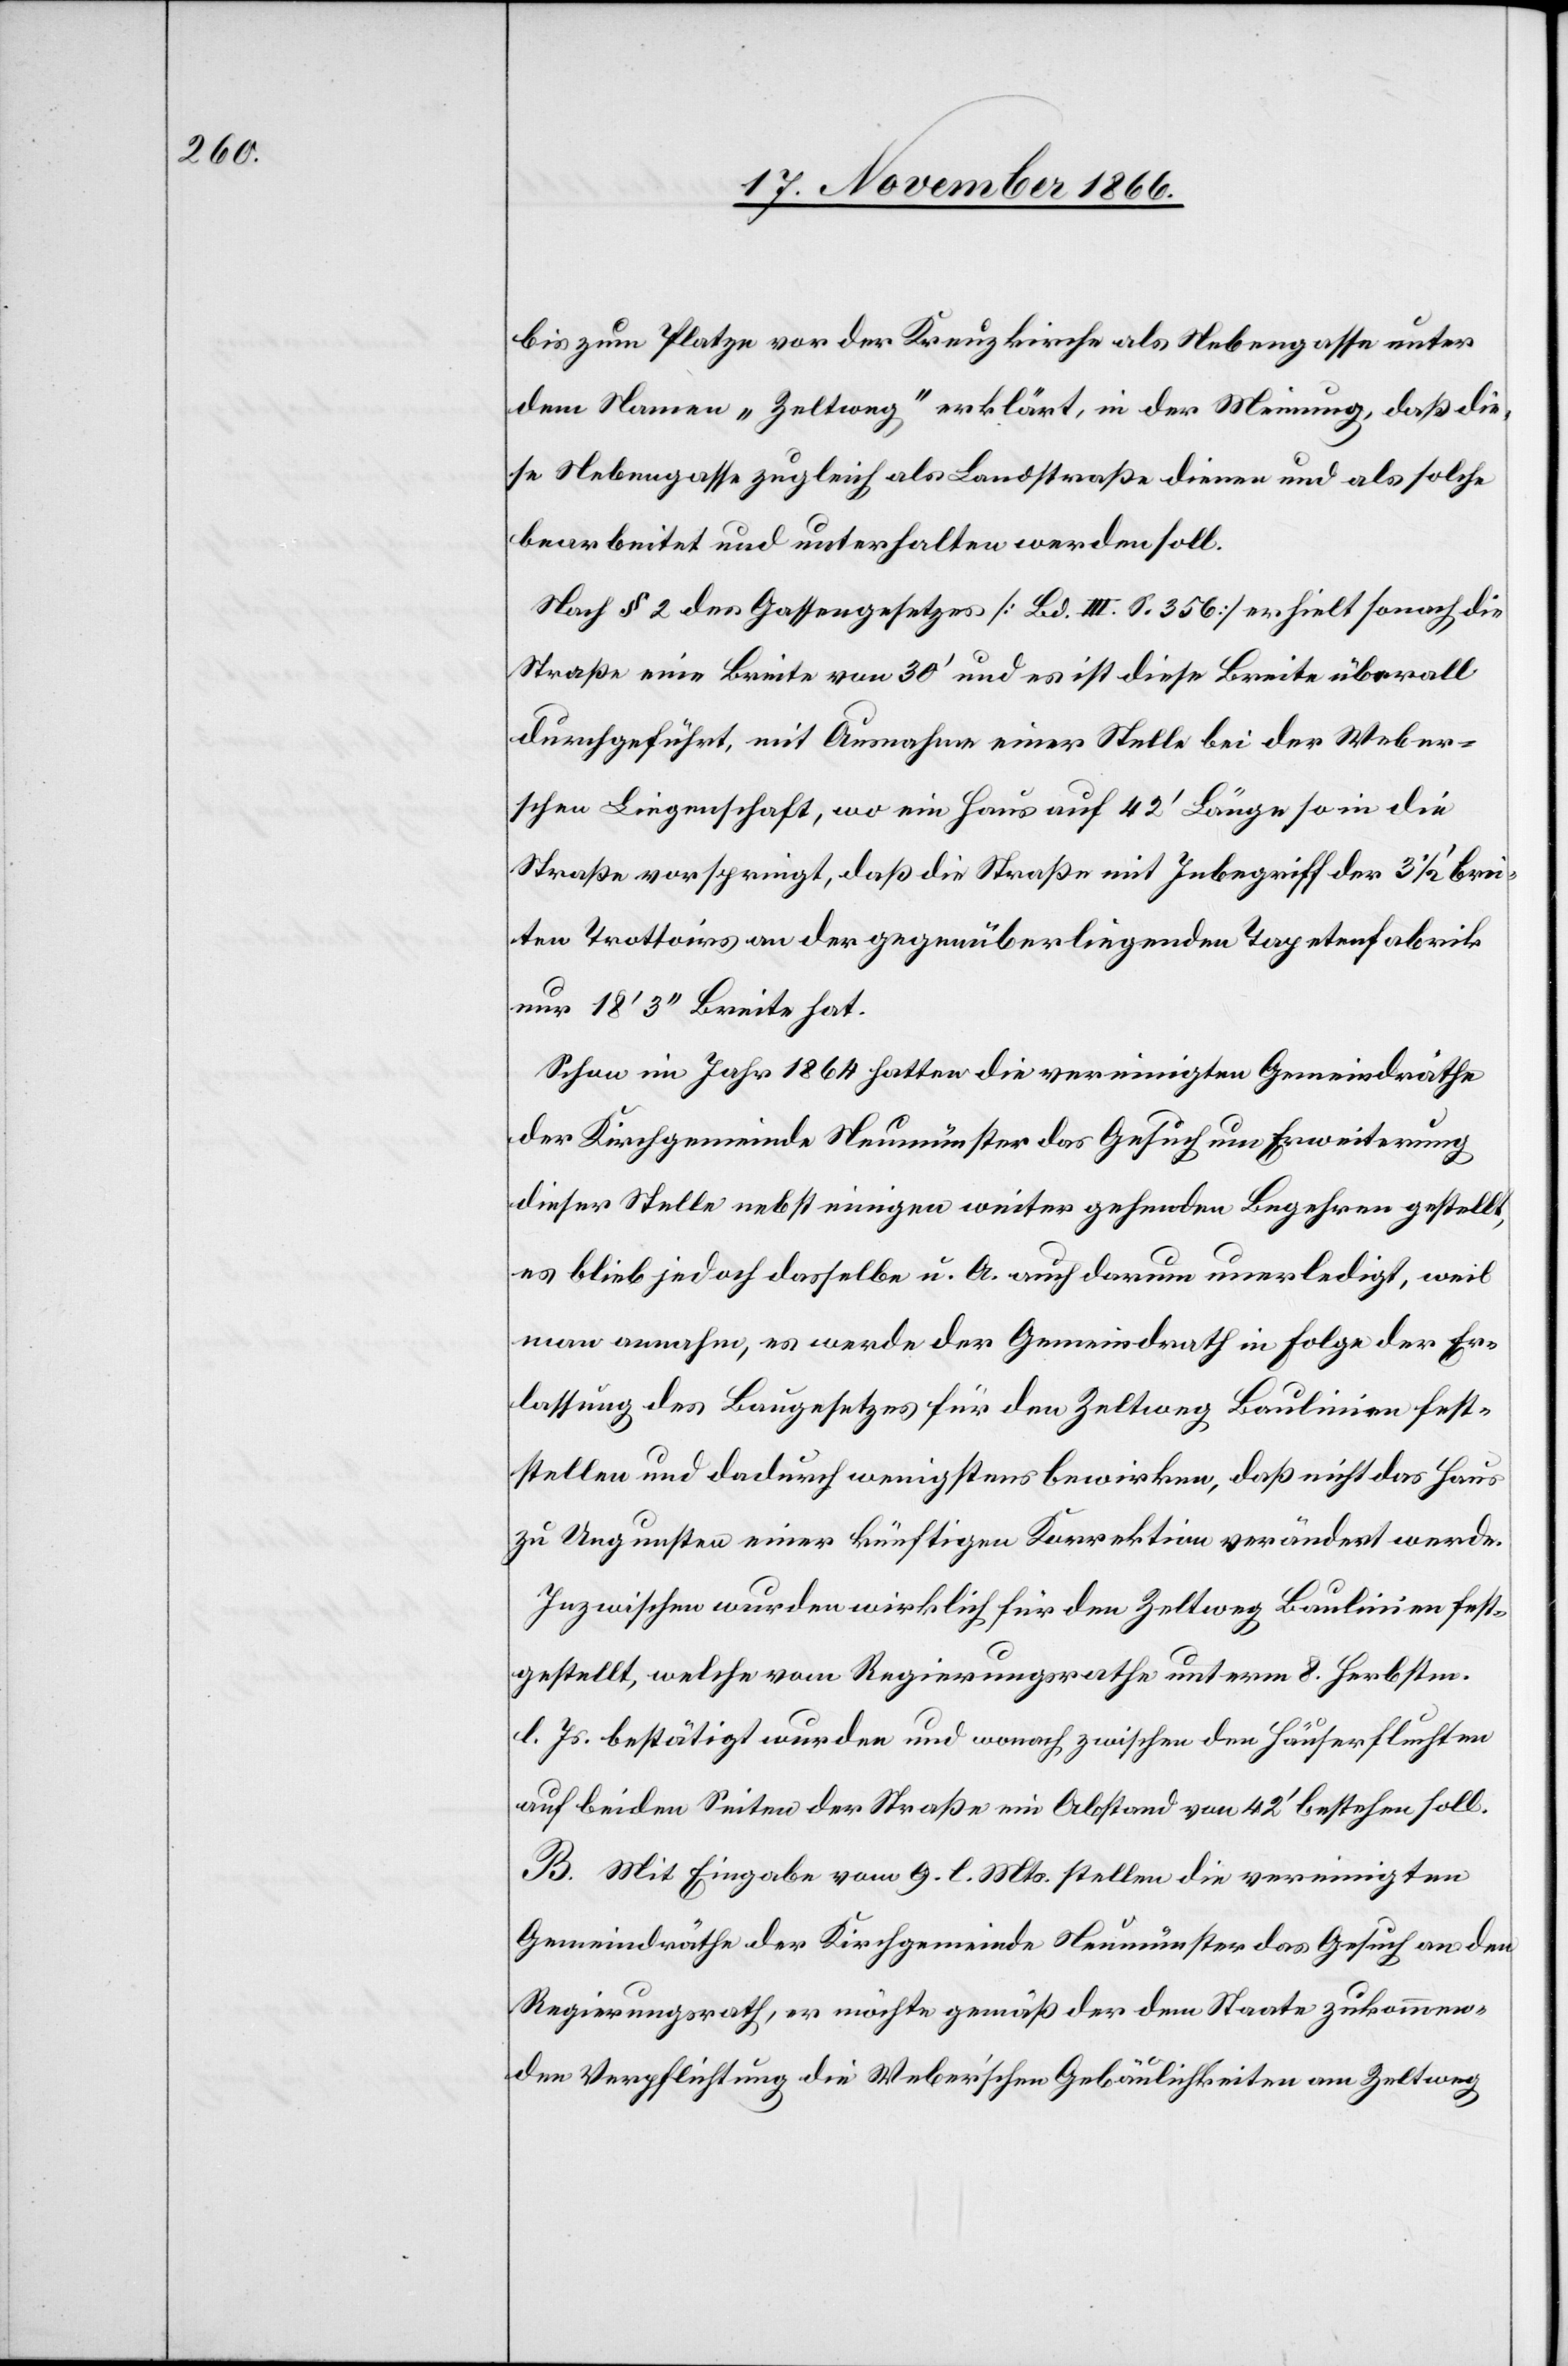
bis zum Platze vor der Kreuzkirche als Nebengasse unter
dem Namen „Zeltweg“ erklärt, in der Meinung, daß die¬
se Nebengasse zugleich als Landstraße dienen und als solche
bearbeitet und unterhalten werden soll.
Nach § 2 des Gassengesetzes [Bd. III. S. 356] erhielt sonach die
Straße eine Breite von 30‘ und es ist diese Breite überall
durchgeführt, mit Ausnahme einer Stelle bei der Weber¬
schen Liegenschaft, wo ein Haus auf 42‘ Länge so in die
Straße vorspringt, daß die Straße mit Inbegriff der 3 ½‘ brei¬
ten Trottoirs an der gegenüberliegenden Tapetenfabrik
nur 18‘ 3‘‘ Breite hat.
Schon im Jahr 1864 hatten die vereinigten Gemeindräthe
der Kirchgemeinde Neumünster das Gesuch um Erweiterung
dieser Stelle nebst einigen weiter gehenden Begehren gestellt,
es blieb jedoch dasselbe u. A. auch darum unerledigt, weil
man annahm, es werde der Gemeindrath in Folge der Er¬
lassung des Baugesetzes für den Zeltweg Baulinien fest¬
stellen und dadurch wenigstens bewirken, daß nicht das Haus
zu Ungunsten einer künftigen Korrektion verändert werde.
Inzwischen wurden wirklich für den Zeltweg Baulinien fest¬
gestellt, welche vom Regierungsrathe unterm 8. Herbstm.
l. Js. bestätigt wurden und wonach zwischen den Häuserfluchten
auf beiden Seiten der Straße ein Abstand von 42‘ bestehen soll.
B. Mit Eingabe vom 9. l. Mts. stellen die vereinigten
Gemeindräthe der Kirchgemeinde Neumünster das Gesuch an den
Regierungsrath, er möchte gemäß der dem Staate zukommen¬
den Verpflichtung die Weber’schen Gebäulichkeiten am Zeltweg